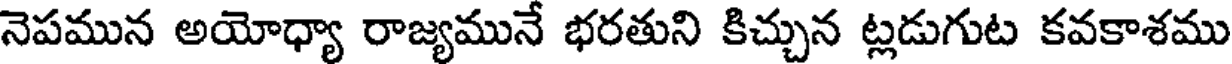
నెపమున అయోధ్యా రాజ్యమునే భరతుని కిచ్చున ట్లడుగుట కవకాశము